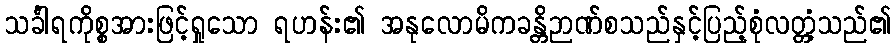
သင်္ခါရကိုစ္စအားဖြင့်ရှုသော ရဟန်း၏ အနုလောမိကခန္တိဉာဏ်စသည်နှင့်ပြည့်စုံလတ္တံ့သည်၏